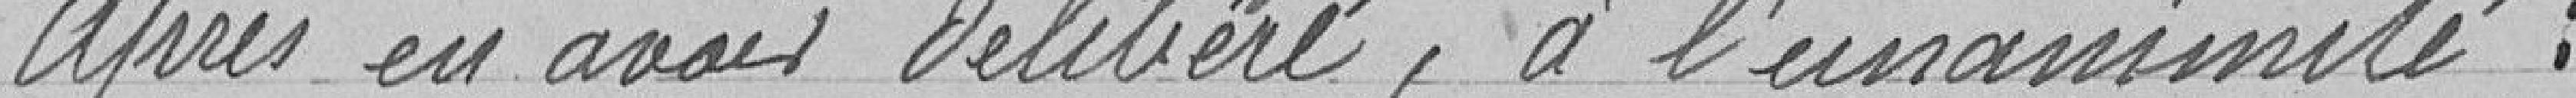
après en avoir délibéré, à l'unanimité.